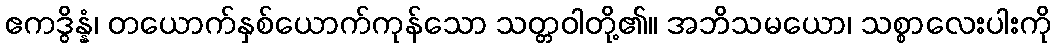
ဧကဒွိန္နံ၊ တယောက်နှစ်ယောက်ကုန်သော သတ္တဝါတို့၏။ အဘိသမယော၊ သစ္စာလေးပါးကို